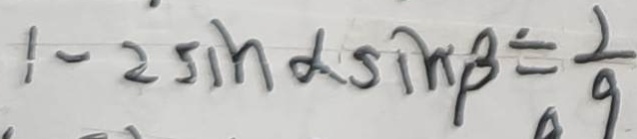
1 - 2 5 i n \alpha \sin \beta = \frac { 2 } { 9 }